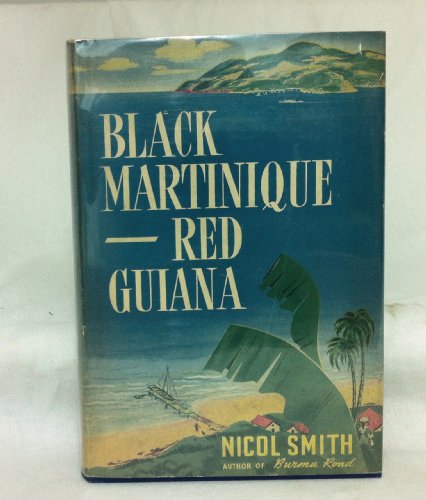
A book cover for Black Martinique, red Guiana,; Nicol Smith; Travel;